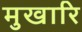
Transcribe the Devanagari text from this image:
मुखारि